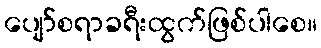
ပျော်စရာခရီးထွက်ဖြစ်ပါစေ။